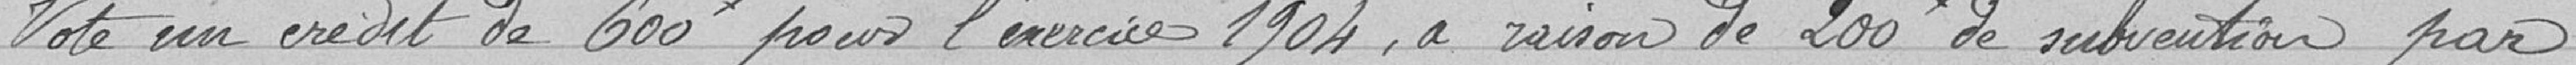
vote un crédit de 600 francs pour l'exercice 1904, à raison de 200 francs de subvention par représentation.